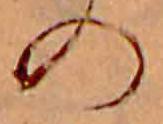
の